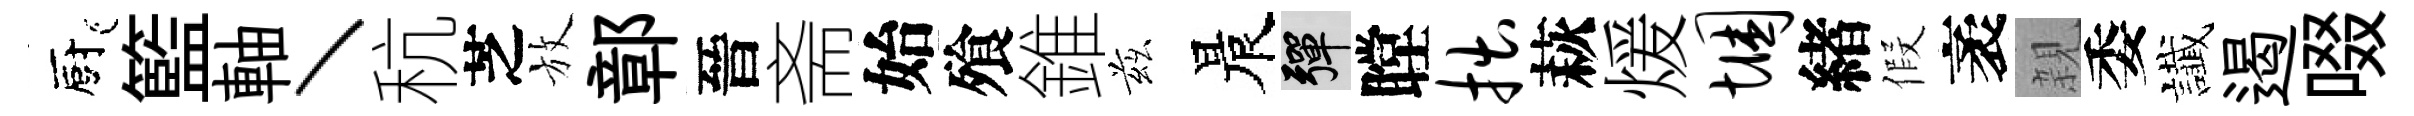
廚籃軸丶秔芝放鄣晉斋始飱錐兹晨彈瞠拙萩煖悃緖假袤親委䜟遏啜